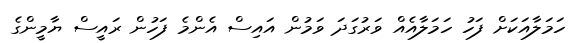
ހަމަލާއަކަށް ފަހު ހަމަލާއެއް ވަރުގަދަ ވަމުން އައިސް އެންމެ ފަހުން ރައީސް ޔާމީންގެ